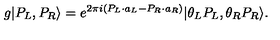
g | P _ { L } , P _ { R } \rangle = e ^ { 2 \pi i ( P _ { L } \cdot a _ { L } - P _ { R } \cdot a _ { R } ) } | \theta _ { L } P _ { L } , \theta _ { R } P _ { R } \rangle .